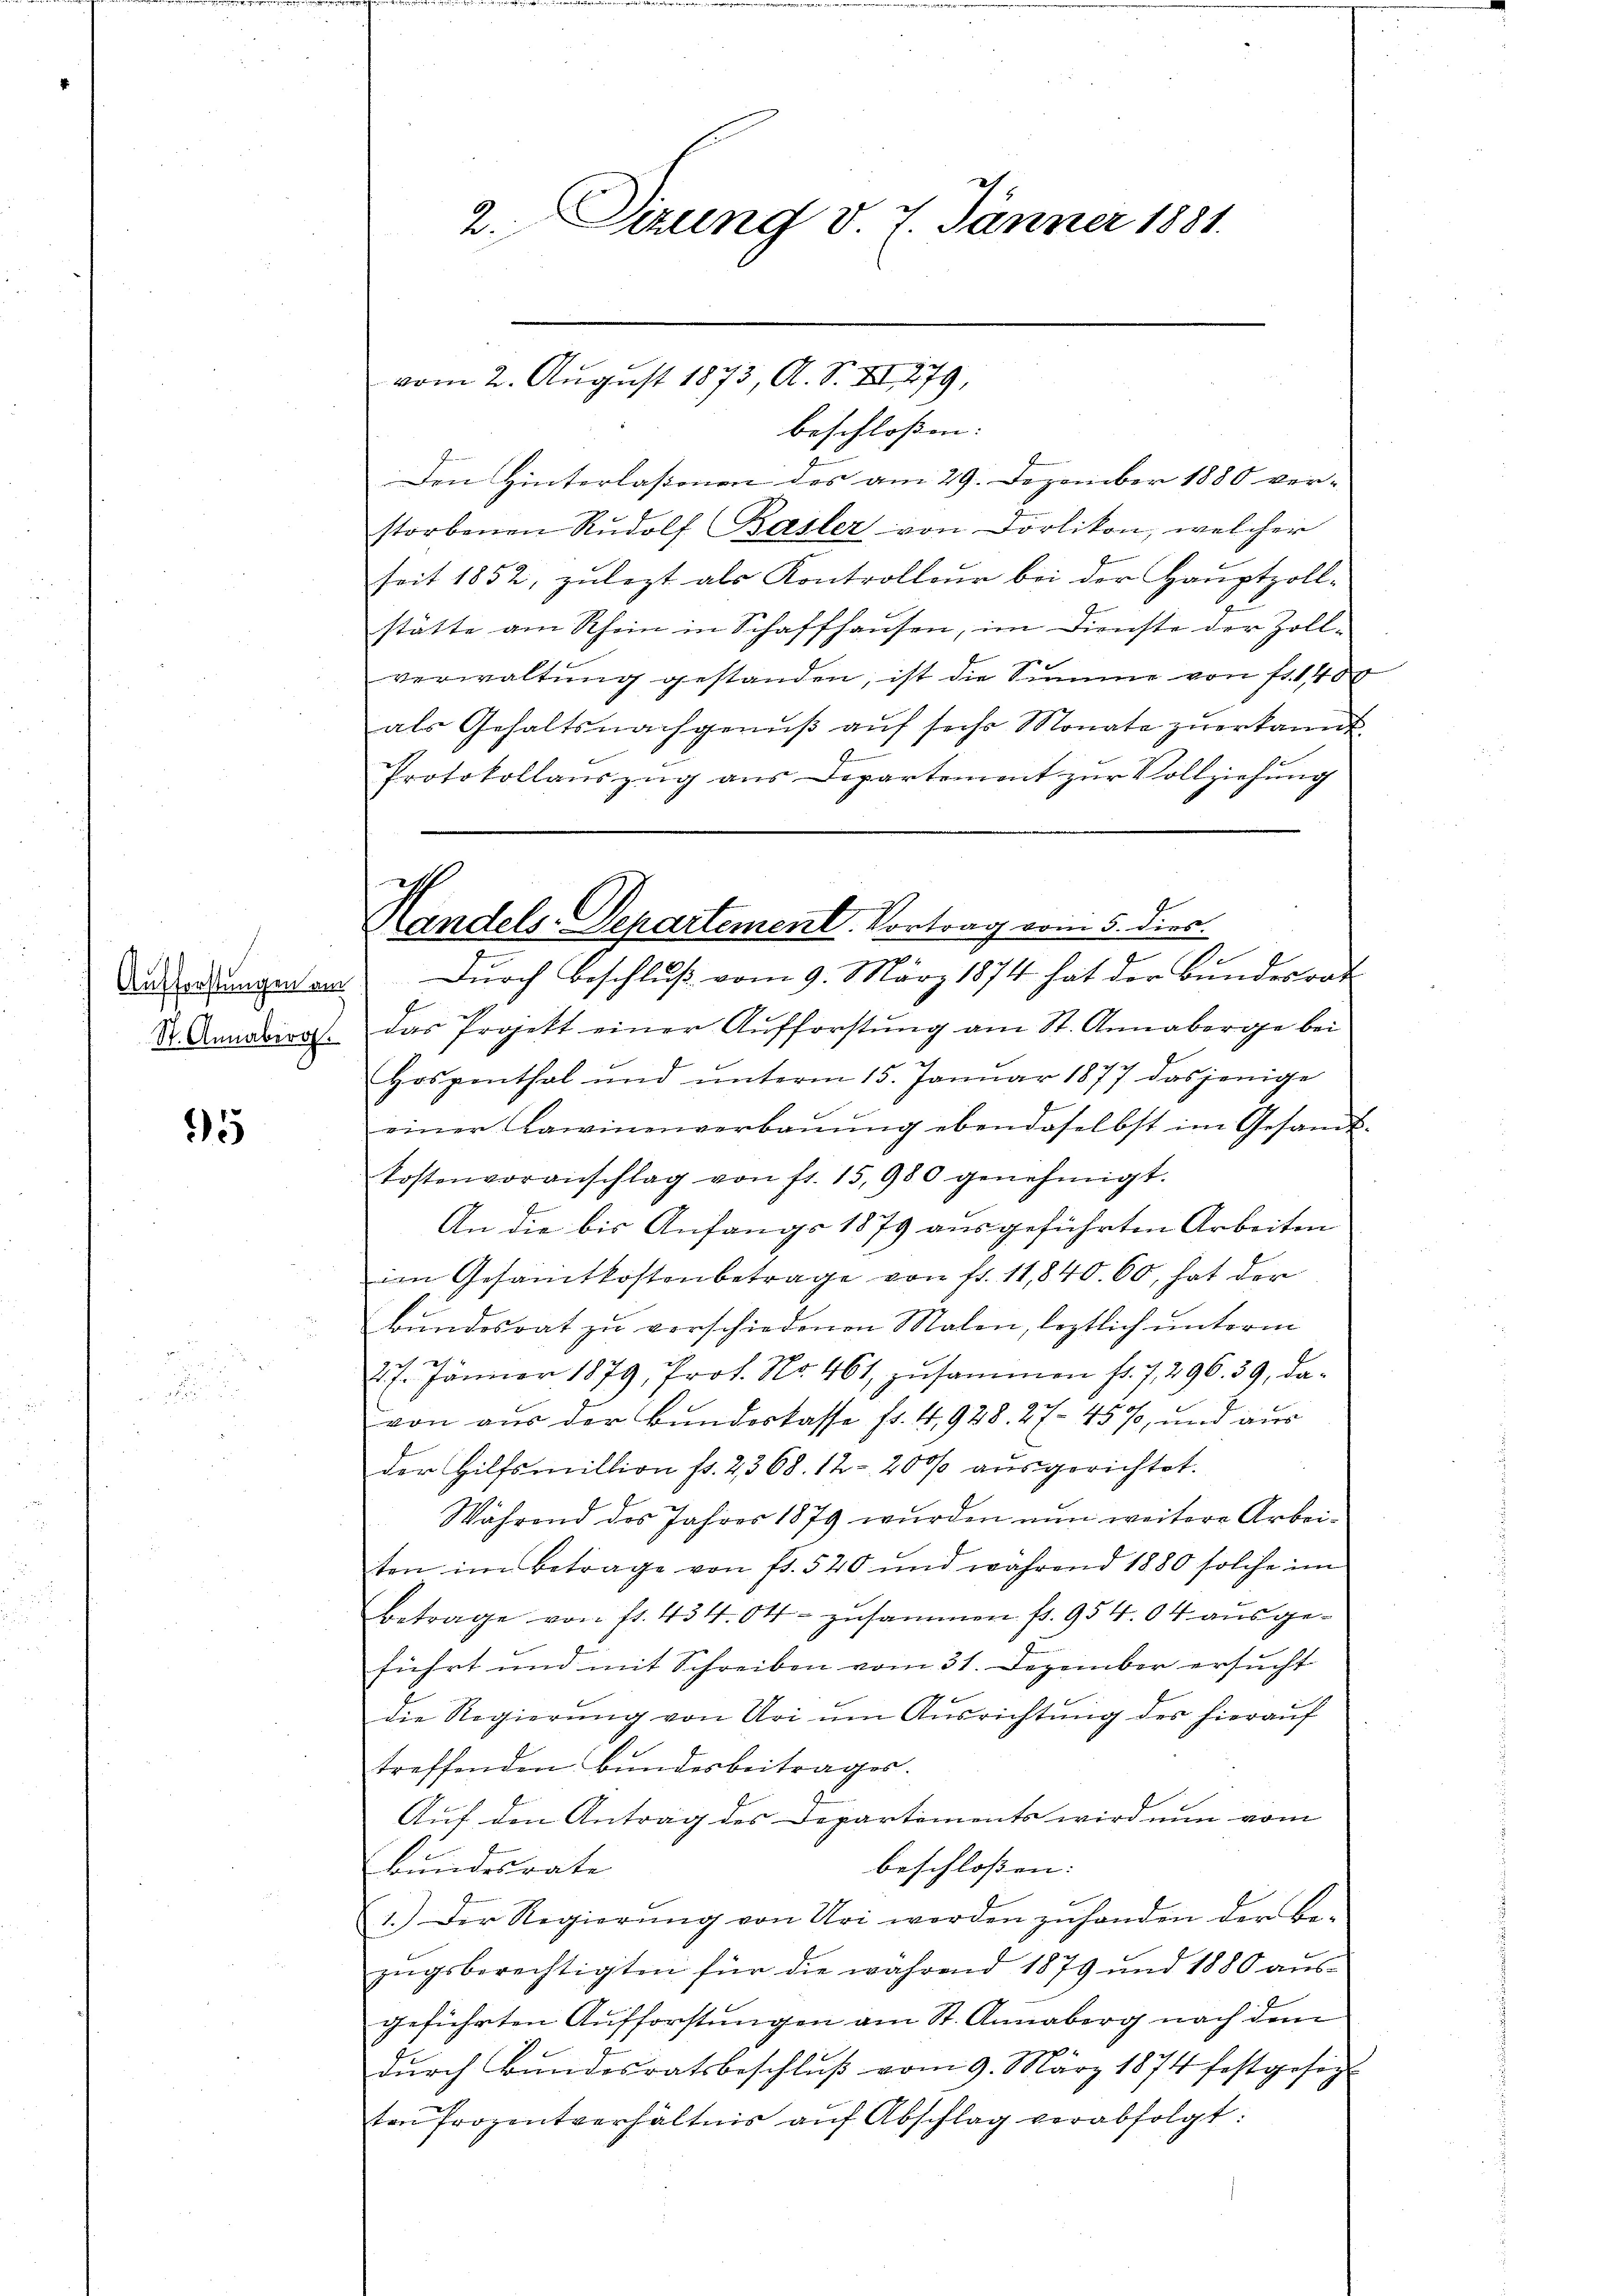
Aufforstungen am
St. Annaber

95

2. Dizung v. 7. Jänner 1881.

beschloßen: |
Den Hinterlassenen des am 29. Dezember 1880 ver-
storbenen Rŭdolf Basler von Dorlikon, welcher
seit 1852, zulezt als Kontrolleur bei der Hauptzoll-
stätte am Rhein in Schaffhausen, im Dienste der Zoll-
verwaltung gestanden, ist die Summe von fr. 140
als Gehaltsnachgenŭβ aŭf sechs Monate zuerkannt.
Protokollaŭszŭg ans Departement zŭr Vollziehŭng
Durch Beschluß vom 9. März 1874 hat der Bundesrat
das Projekt einer Aufforstung am St. Annaberge bei
Hospenthal und unterm 15. Januar 1877 dasjenige
einer Lawinenverbaŭŭng ebendaselbst im Gesamt-
kostenvoranschlag von fr. 15,980 genehmigt.
An die bis Anfängs 1879 ausgeführten Arbeiten
im Gesamtkostenbetrage von fr. 11,840. 60, hat der
Bundesrat zu verschiedenen Malen, leztlich unterm
27. Jänner 1879, Prot. No. 461 zusammen fr. 7, 296. 39, da-
von aus der Bundeskasse fr. 4,928. 27. 457, und aus
der Hilfsmillion fr. 2368. 12. 200 aŭsgerichtet.
Während des Jahres 1879 wurden nun weitere Arbeiten im Betrage von fr. 520 und während 1880 solche im
betrage von st. 434. Ok- zusammen fr. 954.04 ausgeführt und mit Schreiben vom 31. Dezember ersucht
die Regierŭng von Uri ŭm Aŭsrichtung der hieraŭf
treffenden Bundesbeitrages.
Auf den Antrag des Departements wird nun vom
beschlossen:
Bundesrate
1.) Der Regierŭng von Uri werden zŭ handen der Be-
zŭgsberechtigten für die während 1879 und 1880 aŭs-
geführten Aufforstungen am St. Annaberg nach dem
e
dŭrch Bŭndesratsbeschlŭβ vom 9. März 1874 festgesezt
ten Prozentverhältnis aŭf Abschlag verabfolgt:

vom 2. August 1873, A. S. XI 279,

ich
andels-Departement. Vortrag vom 5. dies